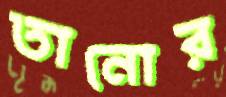
তানোর